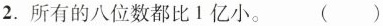
2. 所有的八位数都比1亿小。()